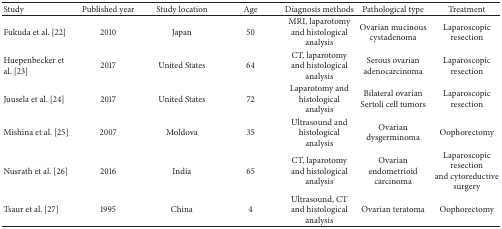
| Study | Published year | Study location | Age | Diagnosis methods | Pathological type | Treatment |
 | --- | --- | --- | --- | --- | --- | --- |
 | Fukuda et al. [22] | 2010 | Japan | 50 | MRI, laparotomy and histological analysis | Ovarian mucinous cystadenoma | Laparoscopic resection |
 | Huepenbecker et al. [23] | 2017 | United States | 64 | CT, laparotomy and histological analysis | Serous ovarian adenocarcinoma | Laparoscopic resection |
 | Juusela et al. [24] | 2017 | United States | 72 | Laparotomy and histological analysis | Bilateral ovarian Sertoli cell tumors | Laparoscopic resection |
 | Mishina et al. [25] | 2007 | Moldova | 35 | Ultrasound and histological analysis | Ovarian dysgerminoma | Oophorectomy |
 | Nusrath et al. [26] | 2016 | India | 65 | CT, laparotomy and histological analysis | Ovarianendometrioid carcinoma | Laparoscopic resectionand cytoreductive surgery |
 | Tsaur et al. [27] | 1995 | China | 4 | Ultrasound, CT and histological analysis | Ovarian teratoma | Oophorectomy |